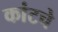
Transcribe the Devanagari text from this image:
कांटचे